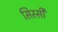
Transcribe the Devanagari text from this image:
सिस्सी